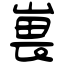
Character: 嵔